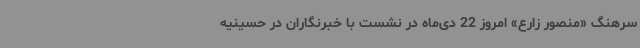
سرهنگ «منصور زارع» امروز 22 دی‌ماه در نشست با خبرنگاران در حسینیه